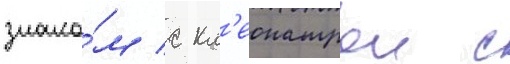
знако́м с кл'еопатрои с